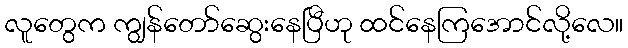
လူတွေက ကျွန်တော်ဆွေးနေပြီဟု ထင်နေကြအောင်လို့လေ။